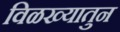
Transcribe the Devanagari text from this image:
विळख्यातुन